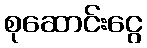
စုဆောင်းငွေ